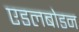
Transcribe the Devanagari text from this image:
एडलबोडन